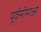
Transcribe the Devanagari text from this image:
पूर्वसीमाओं